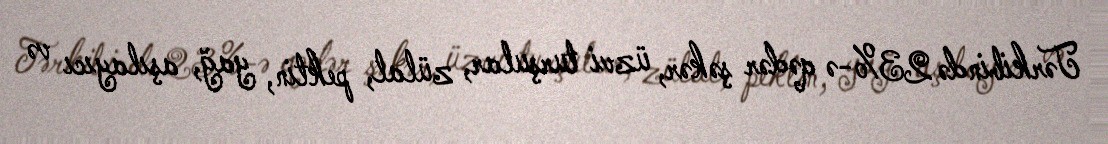
Tərkibində 23%-ə qədər şəkər, üzvi turşular, zülal, pektin, yağ, aşılayıcı və